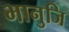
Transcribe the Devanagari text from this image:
भानुजि